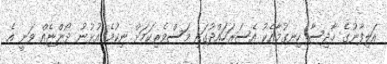
އަލިފާނުގެ ހާދިސާ ހިނގުމާއެކު އެސަރަހައްދުގައި މަސްވެރިކަމަށް ނިކުމެ އުޅުނު ދޯންޏެއް ވަނީ އެ